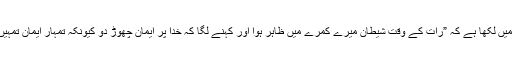
سسٹر ماریہ نے اس خط میں لکھا ہے کہ ”رات کے وقت شیطان میرے کمرے میں ظاہر ہوا اور کہنے لگا کہ خدا پر ایمان چھوڑ دو کیونکہ تمہار ایمان تمہیں تباہی سے بچانہیں سکتا۔